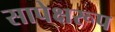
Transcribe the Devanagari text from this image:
सापेक्षरूप